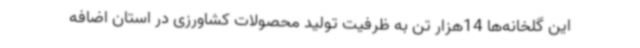
این گلخانه‌ها 14هزار تن به ظرفیت تولید محصولات کشاورزی در استان اضافه